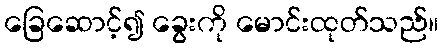
ခြေဆောင့်၍ ခွေးကို မောင်းထုတ်သည်။